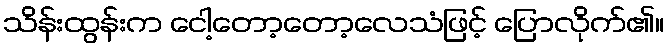
သိန်းထွန်းက ငေါ့တော့တော့လေသံဖြင့် ပြောလိုက်၏။